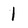
Character: 1